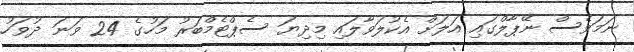
ނަމަވެސް ނޭޕާލްގައި އަލަށް އެކުލަވާލައި މިދިޔަ ސެޕްޓެމްބަރު މަހުގެ 24 ވަނަ ދުވަހު